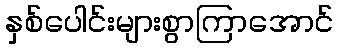
နှစ်ပေါင်းများစွာကြာအောင်